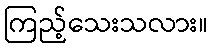
ကြည့်သေးသလား။